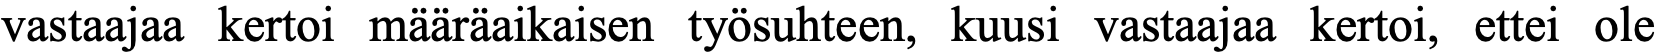
vastaajaa kertoi määräaikaisen työsuhteen, kuusi vastaajaa kertoi, ettei ole